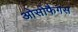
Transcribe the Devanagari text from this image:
ओसोफैगस